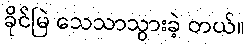
ခိုင်မြဲ သေသာသွားခဲ့ တယ်။